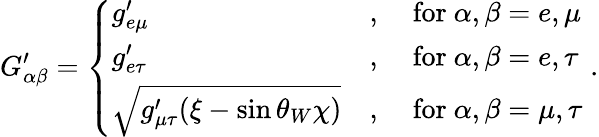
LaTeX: G_{\alpha\beta}^{\prime}=\left\{ \begin{array}{lll}{g_{e\mu}^{\prime}}&{,}&{~\mathrm{for}~\alpha,\beta=e,\mu}\\ {g_{e\tau}^{\prime}}&{,}&{~\mathrm{for}~\alpha,\beta=e,\tau}\\ {\sqrt{g_{\mu\tau}^{\prime}(\xi-\sin\theta_{W}\chi)}}&{,}&{~\mathrm{for}~\alpha,\beta=\mu,\tau}\end{array}\right.\; .